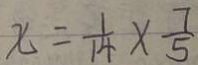
x = \frac { 1 } { 1 4 } \times \frac { 7 } { 5 }